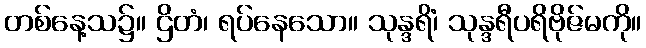
တစ်နေ့သ၌။ ဌိတံ၊ ရပ်နေသော။ သုန္ဒရိံ၊ သုန္ဒရီပရိဗိုဇ်မကို။